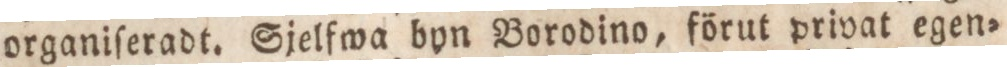
organiſeradt. Sjelfwa byn Borodino, förut privat egen=